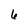
Character: 6